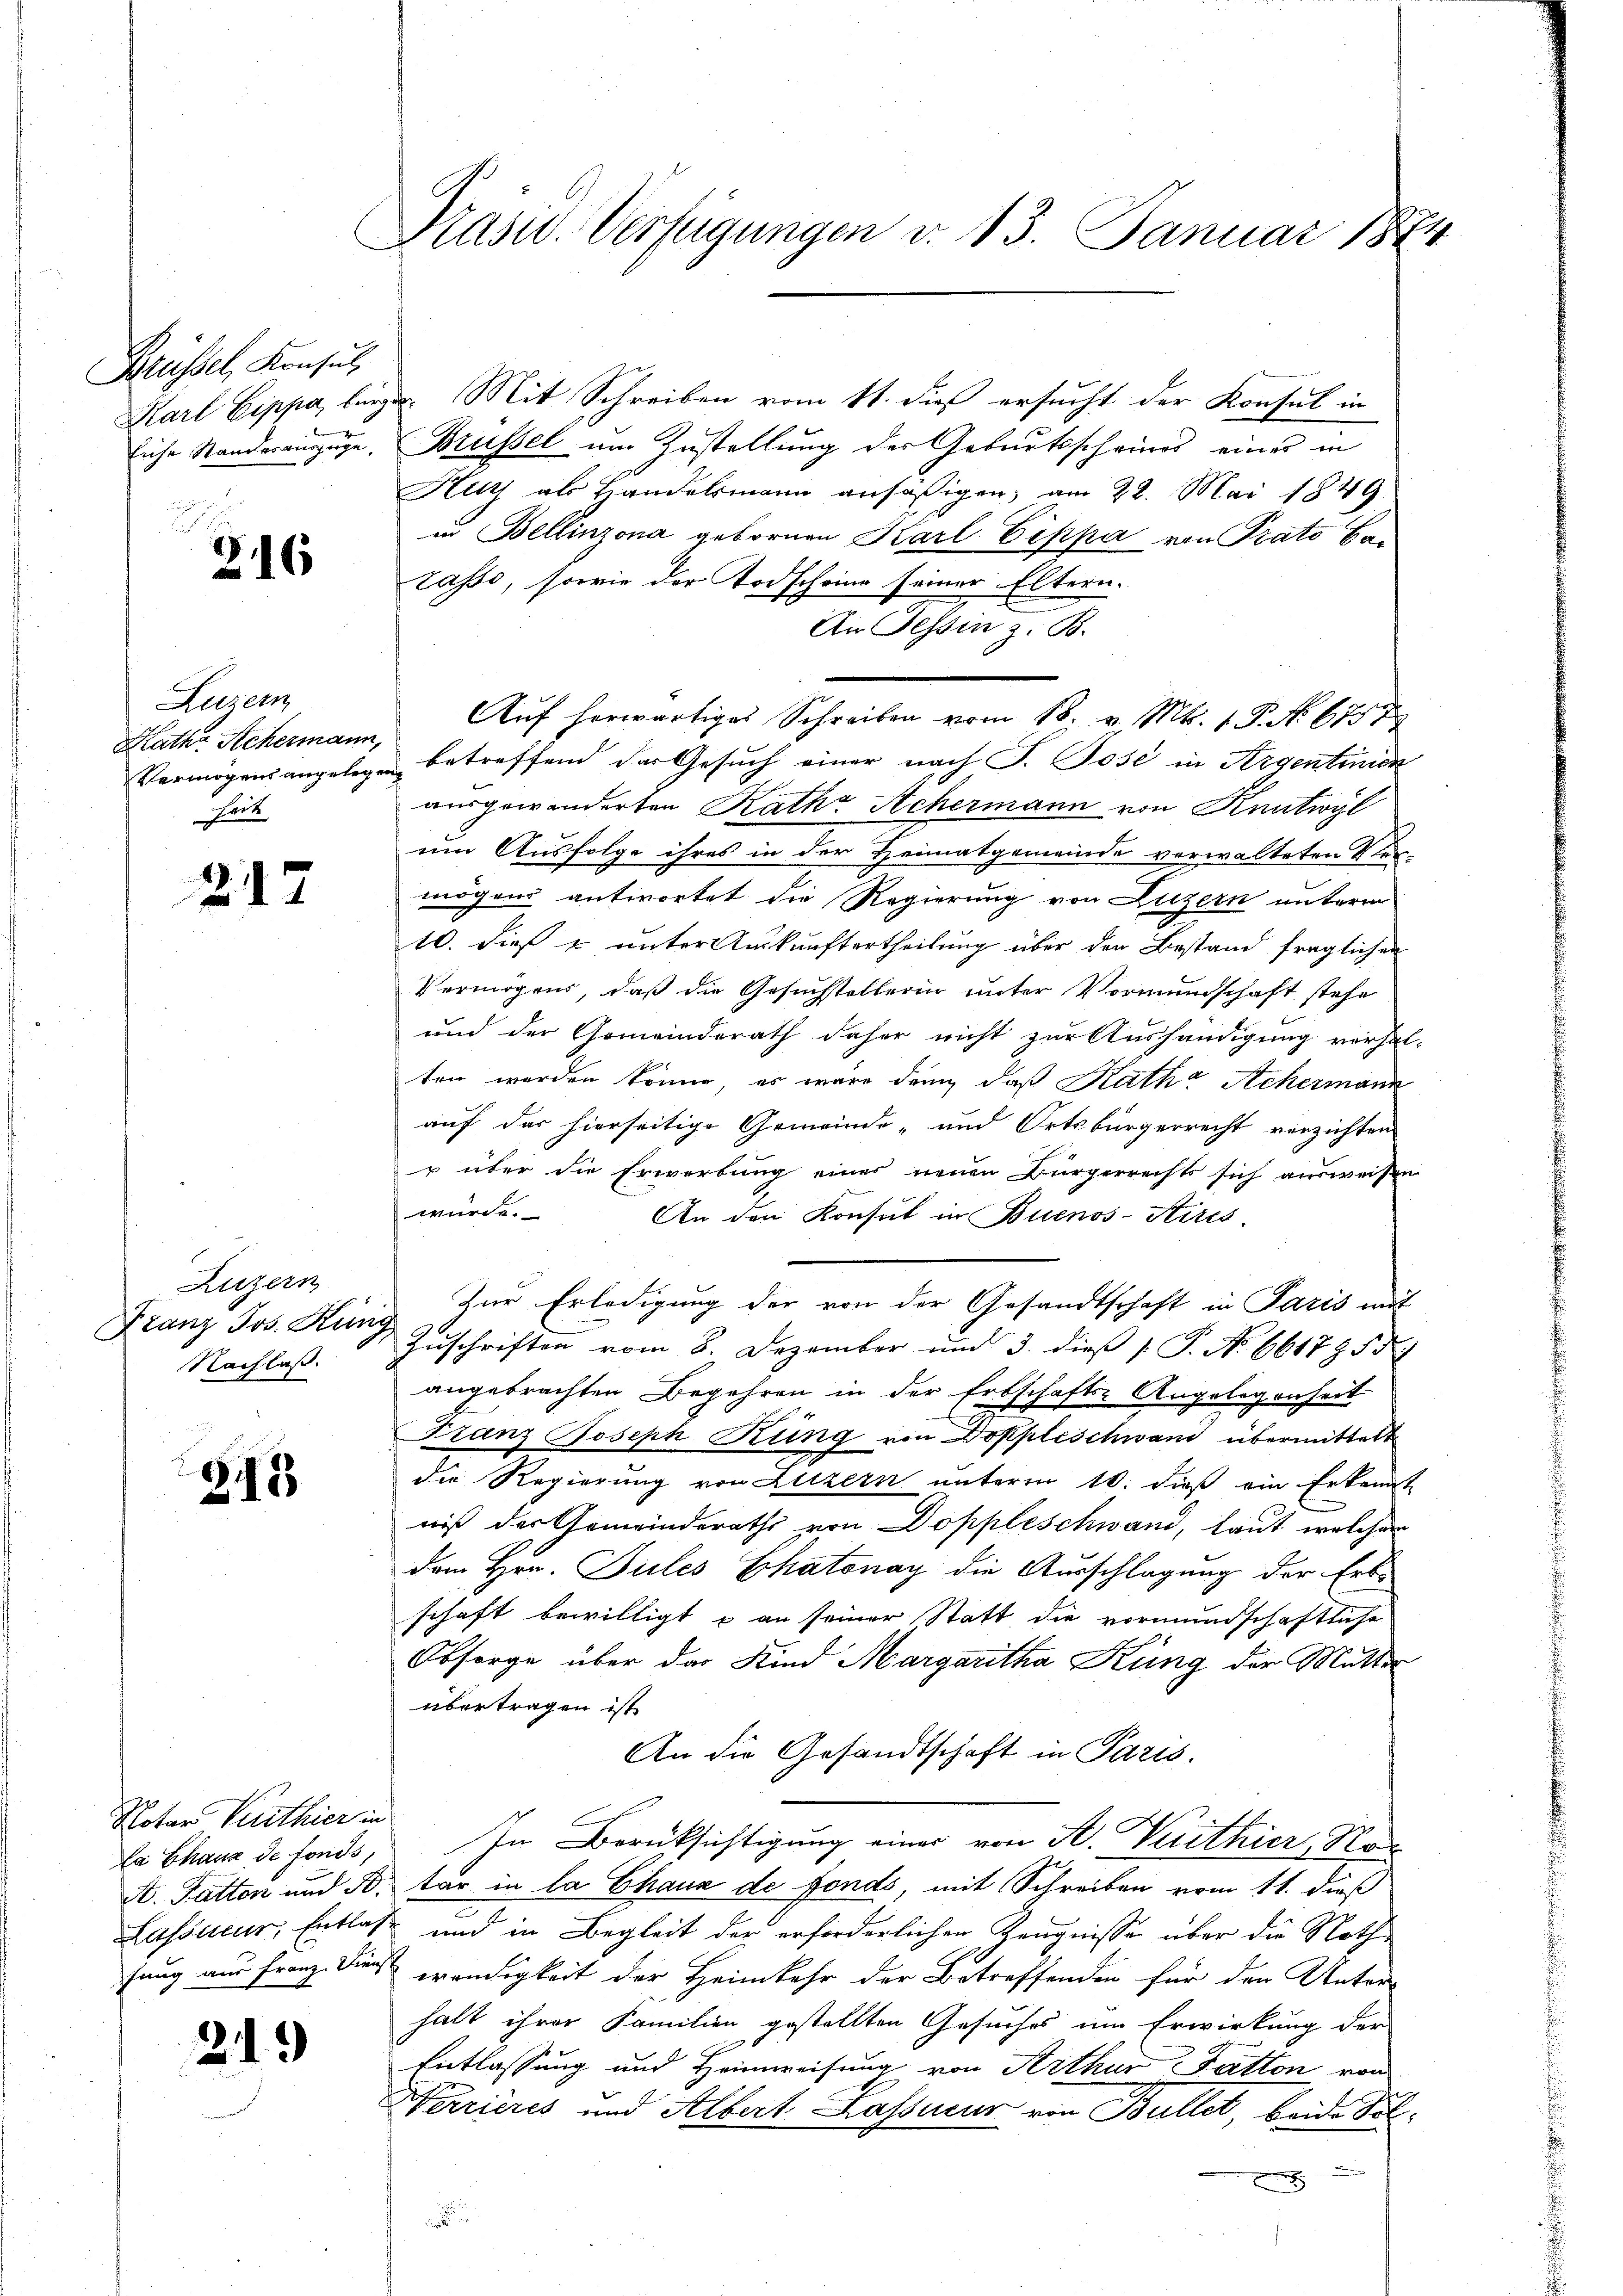
Brüssel, Konsul
Eiche Standerauszuge,

216

Augenz
Katha Schermann,
heit

217

Augen
Franz Jos. Künz
Nachlaß.

243

Notar Verthier in
La Chaux de fonds,
A. Fatten und B.
fang aus Franz. Diens

21.

Präsid. Verfügungen d. 13. Januar 1874

Karl Sippe beige Mit Schreiben vom 11. dieß ersucht der Konsul in
Brüssel um Zustellung der Geburtsscheines eines in
Kitt als Handelsmann ansäβigen, am 22. Mai 1849
in Bellinzona gebornen Karl Eippa von Prato La¬
Lasso, sowie der Todscheine seiner Eltern.
An Tessin z. B.
Auf herwärtiges Schreiben vom 18. v. Mts. 1 P. Nr. 67. 7
Vermögensangelegen betreffend der Gesuch einer nach J. Pose in Argentinien
ausgewanderten Rathe Achermann von Knutwyl
um Ausfolge ihres in der Heimatgemeinde verwalteten Ver-
mögen antwortet die Regierung von Luzern unterm
10. dieß & unter Auskunftertheilung über den Bestand fraglichen
Vermögens, daß die Gesuchstellerin unter Vormundschaft stehe
und der Gemeinderath daher nicht zur Aushändigung vorhal-
ten werden könne, es wäre denn daß Rathe Achermann
auf das hierseitige Gemeinde- und Ortsbürgerrecht verzichten
u über die Erwerbung eines neuen Bürgerrechts sich ausweisen
würde.
An den Konsul in Buenos-Stirés.
Zur Erledigung der von der Gesandtschaft in Paris mit
e
Zuschriften vom 8. Dezember und 3. dieß P. No 661795.
angebrachten Begehren in der Erbschafts-Angelegenheit
Franz Joseph Kung von Doppleschwani übermittelt
die Regierung von Luzern unterm 10. dieß ein Erkannt
niß der Gemeinderaths von Doppleschwand, laut, welcher
dem Hrn. Files Ehatonay die Ausschlagung der Erb-
schaft bewilligt & an seiner Statt die vormundschaftliche
Obsorge über das Kind Margaritha Kung der Mutter
übertragen ist.
An die Gesandtschaft in Paris.
In Berücksichtigung einer von A. Wirthier, Natar in la Chaux de fonds, mit Schreiben vom 11. dieß
.
Lassner, Entlas und in Begleit der erforderlichen Zeugnisse über die Nothwendigkeit der Heimkehr der Betreffenden für den Unter-
halt ihrer Familien gestellten Gesuches um Erwirkung der
Entlassung und Heimweisung von Arthur Satton von
Verrieres und Albert Kassieur von Bullet, beide Fel¬